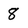
Character: 8